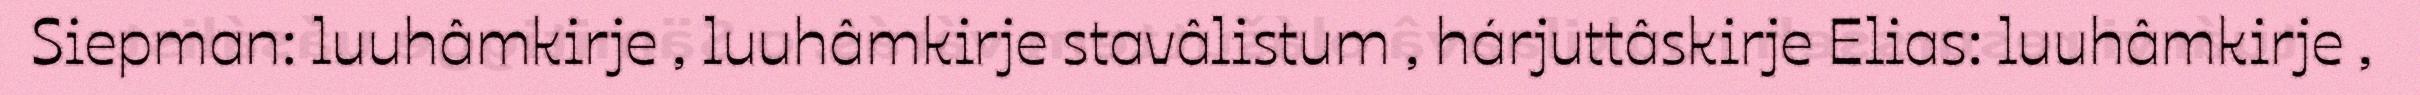
Siepman: luuhâmkirje , luuhâmkirje stavâlistum , hárjuttâskirje Elias: luuhâmkirje ,